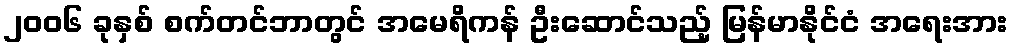
၂၀၀၆ ခုနှစ် စက်တင်ဘာတွင် အမေရိကန် ဦးဆောင်သည့် မြန်မာနိုင်ငံ အရေးအား